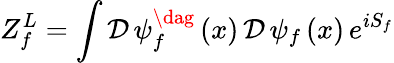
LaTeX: Z_{f}^{L}=\int\mathcal{D}\, \psi_{f}^{\dag}\left(x\right)\, \mathcal{D}\, \psi_{f}\left(x\right)\, e^{iS_{f}}